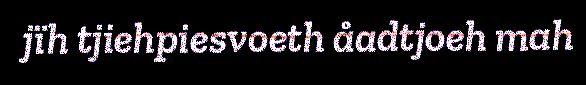
jïh tjiehpiesvoeth åadtjoeh mah